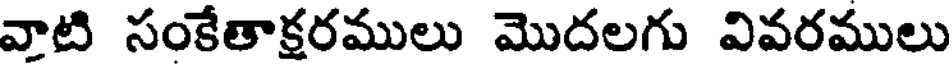
వాటి సంకేతాక్షరములు మొదలగు వివరములు